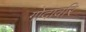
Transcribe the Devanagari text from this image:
गोदावरि